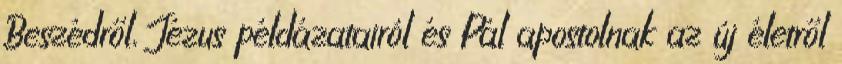
Beszédről, Jézus példázatairól és Pál apostolnak az új életről